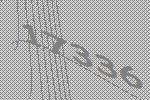
17336